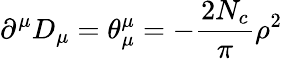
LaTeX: \partial^{\mu}D_{\mu}=\theta_{\mu}^{\mu}=-\frac{2N_{c}}{\pi}\rho^{2}